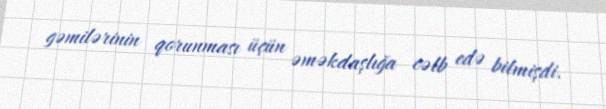
gəmilərinin qorunması üçün əməkdaşlığa cəlb edə bilmişdi.